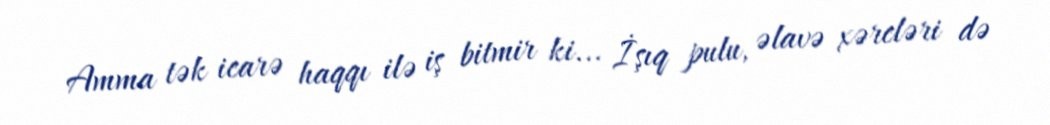
Amma tək icarə haqqı ilə iş bitmir ki... İşıq pulu, əlavə xərcləri də